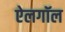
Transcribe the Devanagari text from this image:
ऐलगॉल